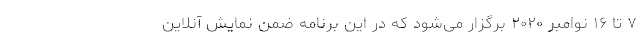
۷ تا ۱۶ نوامبر ۲۰۲۰ برگزار می‌شود که در این برنامه ضمن نمایش آنلاین